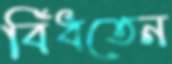
বিঁধতেন